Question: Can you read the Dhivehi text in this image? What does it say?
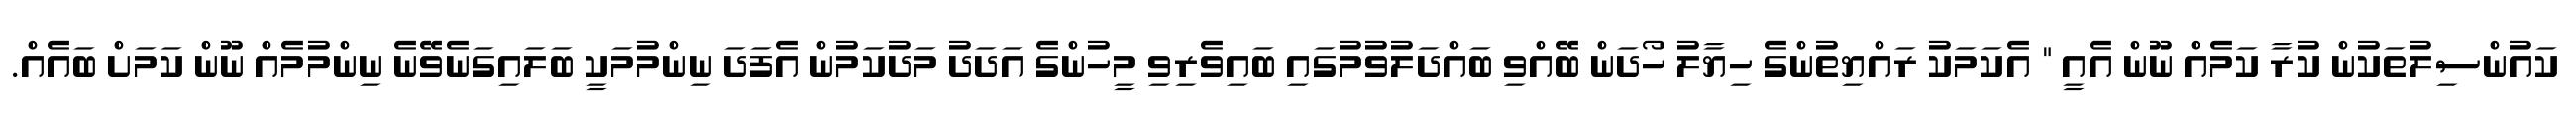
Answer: ކައުންސިލުތަކުން ކުރާ ކަމެއް ނޫން އެއީ " އެކަމަކު ރައްޔިތުންގެ ހިޔާލު ހޯދަން ބޭއްވި ބައްދަލުވުމުގައި ބައިވެރިވި މީހުންގެ އަދަދު މަދުކަމުން އެފަދަ ނިންމުމަކީ ބަލައިގަނެވޭނެ ނިންމުމެއް ނޫން ކަމަށް ބައެއް.